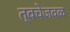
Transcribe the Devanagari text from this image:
त्वचेजवळ